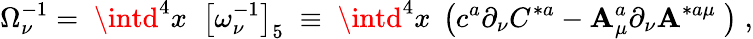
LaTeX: \Omega_{\nu}^{-1}=\; \intd^{4}x\; \; \left[\omega_{\nu}^{-1}\right]_{5}\; \equiv\; \intd^{4}x\; \left(c^{a}\partial_{\nu}C^{*a}-\mathbf{A}_{\mu}^{a}\partial_{\nu}\mathbf{A}^{*a\mu}\; \right)\; ,